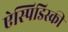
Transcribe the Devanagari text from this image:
ऐस्पिडिस्की